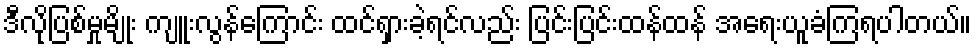
ဒီလိုပြစ်မှုမျိုး ကျူးလွန်ကြောင်း ထင်ရှားခဲ့ရင်လည်း ပြင်းပြင်းထန်ထန် အရေးယူခံကြရပါတယ်။